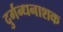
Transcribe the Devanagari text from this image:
दुर्गन्धनाशक